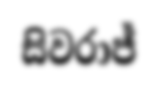
සිවරාජ්